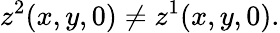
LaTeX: z^{2}(x,y,0)\neq z^{1}(x,y,0).